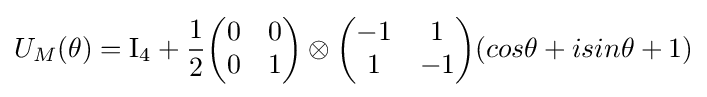
U_{M}(\theta )=\mathrm {I} _{4}+{\frac {1}{2}}{\begin{pmatrix}0&0\\0&1\end{pmatrix}}\otimes {\begin{pmatrix}-1&1\\1&-1\end{pmatrix}}(cos\theta +isin\theta +1)